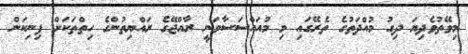
މިވޭތުވެދިޔަ ދިގު މުއްދަތުގެ ތެރޭގައި މި މުއައްސަސާވަނީ ރާއްޖޭގެ ރައްޔިތުންގެ ހިތްތަކަށް ފިނިކަން